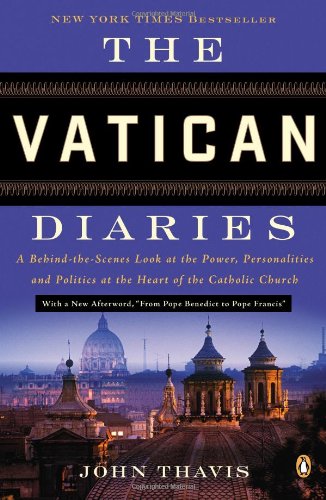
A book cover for The Vatican Diaries: A Behind-the-Scenes Look at the Power, Personalities, and Politics at the Heart of the Catholic Church; John Thavis; Christian Books & Bibles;